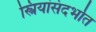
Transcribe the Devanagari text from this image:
स्त्रियांसंदर्भात